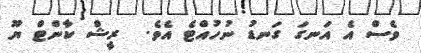
ވެސް އެ އަނގަ ގަނޑު ނުހުއްޓެ އެވެ.  ރީޝް ކާންޓް ޔޫ